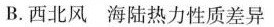
B.西北风 海陆热力性质差异